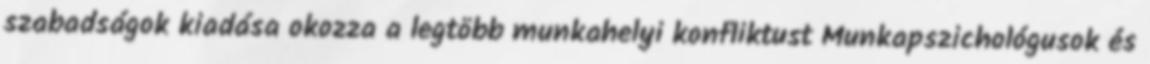
szabadságok kiadása okozza a legtöbb munkahelyi konfliktust Munkapszichológusok és